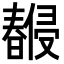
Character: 𣋨